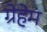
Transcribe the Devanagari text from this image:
ग्रेहेम